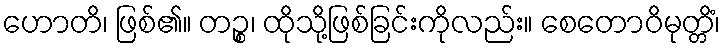
ဟောတိ၊ ဖြစ်၏။ တဉ္စ၊ ထိုသို့ဖြစ်ခြင်းကိုလည်း။ စေတောဝိမုတ္တိံ၊